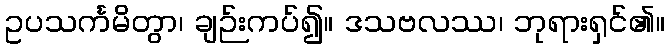
ဥပသင်္ကမိတွာ၊ ချဉ်းကပ်၍။ ဒသဗလဿ၊ ဘုရားရှင်၏။